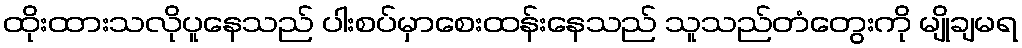
ထိုးထားသလိုပူနေသည် ပါးစပ်မှာစေးထန်းနေသည် သူသည်တံတွေးကို မျိုချမရ